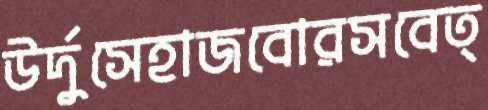
উর্দুসেহাজবোরসবেত্